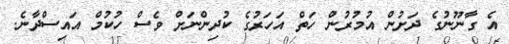
އެ ގާނޫނުގެ ދަށުން އުމުރުން ހަތް އަހަރުގެ ކުދިންނަށް ވެސް ހުކުމް އައިސްދާނެ.